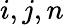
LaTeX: i,j,n